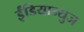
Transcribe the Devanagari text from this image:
ईंडियान्युज